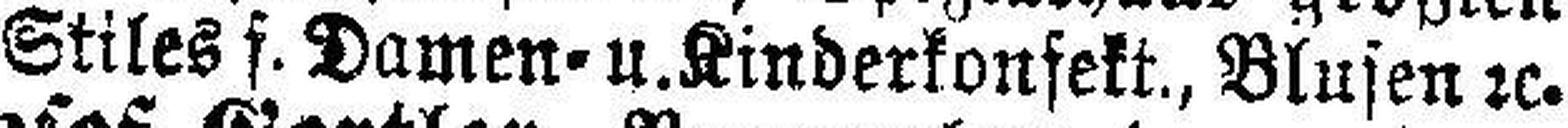
Stiles f. Damen= u.Kinderkonfekt., Blusen 2c.